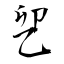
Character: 乮